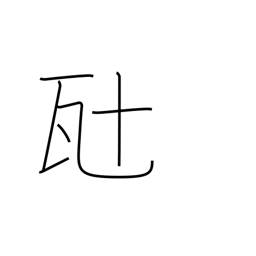
Meaning: ten grams